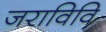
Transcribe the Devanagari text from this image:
जराविवि